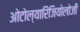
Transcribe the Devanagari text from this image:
ओटोल्यारिंजियोलोजी